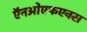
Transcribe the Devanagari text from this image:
ऍनओएफएक्स